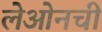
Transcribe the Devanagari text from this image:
लेओनची